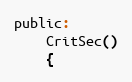
Language: C
public:
    CritSec()
    {